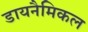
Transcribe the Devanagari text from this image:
डायनैमिकल